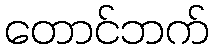
တောင်ဘက်